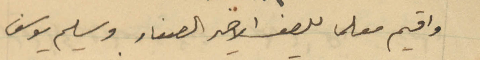
وأقيم معلما للصف الأخير الصغار وسليم يوسف